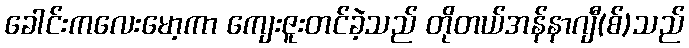
ခေါင်းကလေးမော့ကာ ကျေးဇူးတင်ခဲ့သည် တိုတယ်အန်နာဂျီ(စ်)သည်